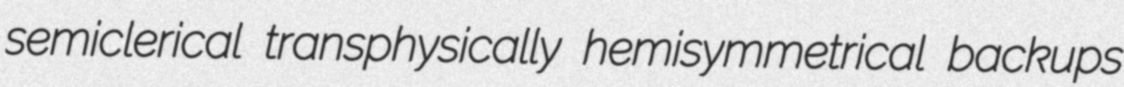
semiclerical transphysically hemisymmetrical backups